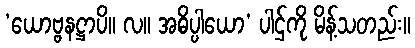
‘ယောဗ္ဗနဋ္ဌာပိ။ လ။ အဓိပ္ပါယော’ ပါဌ်ကို မိန့်သတည်း။